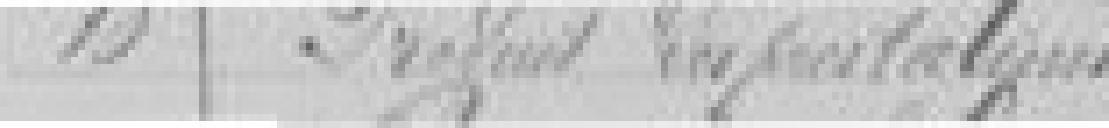
10. Produits d'exportations ?